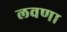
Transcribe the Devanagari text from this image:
लवणा